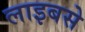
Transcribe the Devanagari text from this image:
लाइबसे